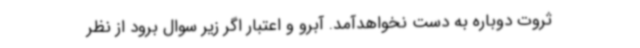
ثروت دوباره به دست نخواهدآمد. آبرو و اعتبار اگر زیر سوال برود از نظر